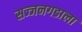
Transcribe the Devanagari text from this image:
सज्जनगडाला